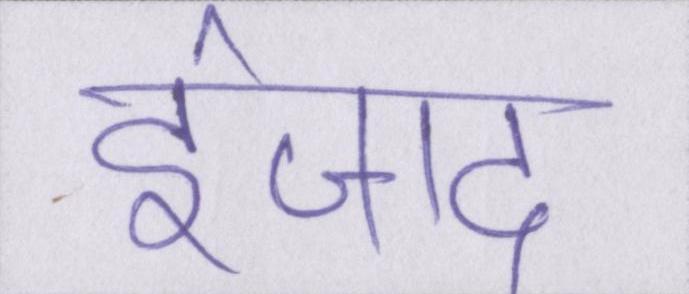
ईजाद